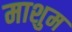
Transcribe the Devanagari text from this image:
माशुम